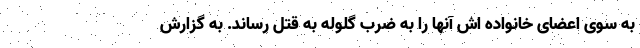
به سوی اعضای خانواده اش آنها را به ضرب گلوله به قتل رساند. به گزارش